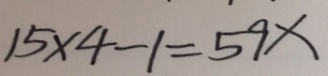
1 5 \times 4 - 1 = 5 9 x